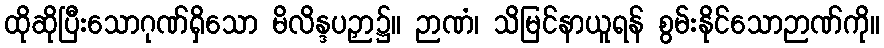
ထိုဆိုပြီးသောဂုဏ်ရှိသော မိလိန္ဒပဉှာ၌။ ဉာဏံ၊ သိမြင်နာယူရန် စွမ်းနိုင်သောဉာဏ်ကို။